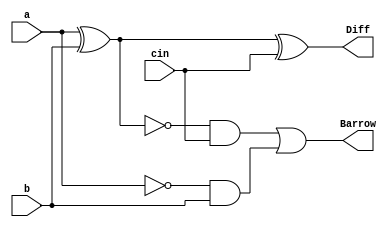
`timescale 1ns / 1ps

//Implementaion of FULL SUBTRACTOR by using Behavioural Modelling
module full_subtractor(
    input a,
    input b,
    input cin,
    output reg Diff,Barrow
    );
    always@(*)
    begin
 Diff=a^b^cin;
 Barrow=(~(a^b))&cin|~a&b;
end
endmodule